Civil Veterinary Dept. Bombay admin report 1932-41 - 1932-1941
Year: 1932
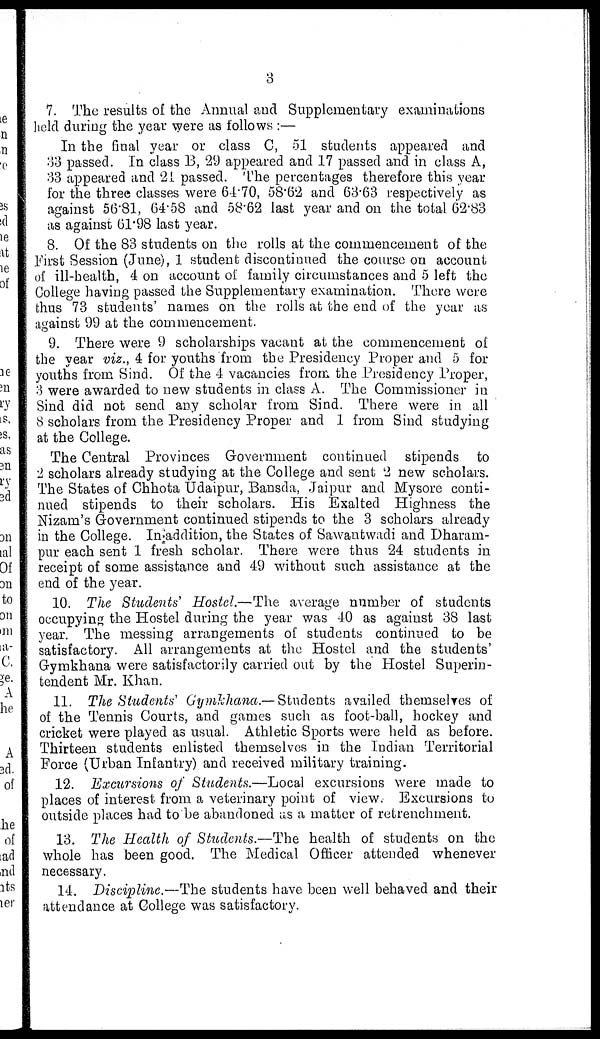
3
7. The results of the Annual and Supplementary examinations
held during the year were as follows :—
In the final year or class C, 51 students appeared and
33 passed. In class B, 29 appeared and 17 passed and in class A,
33 appeared and 21 passed. The percentages therefore this year
for the three classes were 64.70, 58.62 and 63.63 respectively as
against 56.81, 64.58 and 58.62 last year and on the total 62.83
as against 61.98 last year.
8. Of the 83 students on the rolls at the commencement of the
First Session (June), 1 student discontinued the course on account
of ill-health, 4 on account of family circumstances and 5 left the
College having passed the Supplementary examination. There were
thus 73 students' names on the rolls at the end of the year as
against 99 at the commencement.
9. There were 9 scholarships vacant at the commencement of
the year viz., 4 for youths from the Presidency Proper and 5 for
youths from Sind. Of the 4 vacancies from the Presidency Proper,
3 were awarded to new students in class A. The Commissioner in
Sind did not send any scholar from Sind. There were in all
8 scholars from the Presidency Proper and 1 from Sind studying
at the College.
The Central Provinces Government continued stipends to
2 scholars already studying at the College and sent 2 new scholars.
The States of Chhota Udaipur, Bansda, Jaipur and Mysore conti-
nued stipends to their scholars. His Exalted Highness the
Nizam's Government continued stipends to the 3 scholars already
in the College. In addition, the States of Sawantwadi and Dharam-
pur each sent 1 fresh scholar. There were thus 24 students in
receipt of some assistance and 49 without such assistance at the
end of the year.
10. The Students Hostel.—The average number of students
occupying the Hostel during the year was 40 as against 38 last
year. The messing arrangements of students continued to be
satisfactory. All arrangements at the Hostel and the students'
Gymkhana were satisfactorily carried out by the Hostel Superin-
tendent Mr. Khan.
11. The Students Gymkhana.— Students availed themselves of
of the Tennis Courts, and games such as foot-ball, hockey and
cricket were played as usual. Athletic Sports were held as before.
Thirteen students enlisted themselves in the Indian Territorial
Force (Urban Infantry) and received military training.
12. Excursions of Students.—Local excursions were made to
places of interest from a veterinary point of view. Excursions to
outside places had to be abandoned as a matter of retrenchment.
13. The Health of Students.—The health of students on the
whole has been good. The Medical Officer attended whenever
necessary.
14. Discipline.—The students have been well behaved and their
attendance at College was satisfactory.